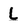
Character: l